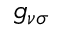
g _ { \nu \sigma }